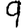
Digit: 9